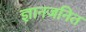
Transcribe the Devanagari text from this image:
ज्ञानजनित